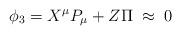
LaTeX: \begin{align*}{}\phi _3 = X^{\mu}P_{\mu} + Z \Pi \; \approx \; 0\end{align*}